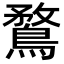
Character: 鶩